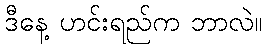
ဒီနေ့ ဟင်းရည်က ဘာလဲ။